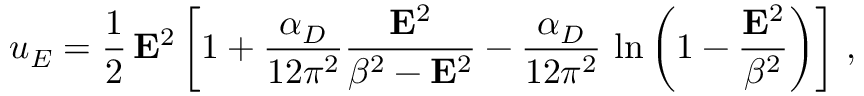
u _ { E } = \frac { 1 } { 2 } \, { \bf E } ^ { 2 } \left[ 1 + \frac { \alpha _ { D } } { 1 2 \pi ^ { 2 } } \frac { { \bf E } ^ { 2 } } { \beta ^ { 2 } - { \bf E } ^ { 2 } } - \frac { \alpha _ { D } } { 1 2 \pi ^ { 2 } } \, \ln \left( 1 - \frac { { \bf E } ^ { 2 } } { \beta ^ { 2 } } \right) \right] \, , \; \;